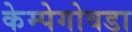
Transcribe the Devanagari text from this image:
केम्पेगोवडा